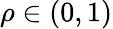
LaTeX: \rho\in(0,1)